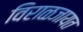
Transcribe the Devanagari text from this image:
विराळजायत